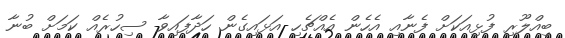
ބިއްލޫރި ފުޅިއަކަށް ފެނާއި އެހެން އެއްޗެހި އަޅައިގެން ހަދާފައިވާ ސިހުރެއް ކަމަށް ބުނާ